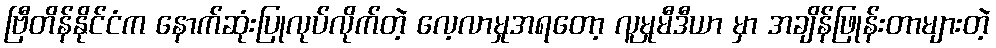
ဗြီတိန်နိုင်ငံက နောက်ဆုံးပြုလုပ်လိုက်တဲ့ လေ့လာမှုအရတော့ လူမှုမီဒီယာ မှာ အချိန်ဖြုန်းတာများတဲ့